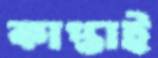
কাপ্তাই